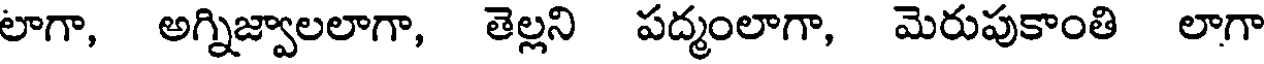
లాగా, అగ్నిజ్వాలలాగా, తెల్లని పద్మంలాగా, మెరుపుకాంతి లాగా